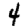
Digit: 4